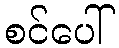
စင်ပေါ်